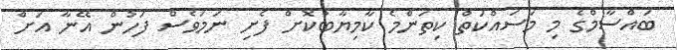
ބައްސާމްގެ މި މަސައްކަތް ކިތަންމެ ކާމިޔާބުކޮށް ފެށި ނަމަވެސް ފަހުން އޭނާ އަށް